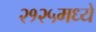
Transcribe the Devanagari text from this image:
२१२५मध्ये